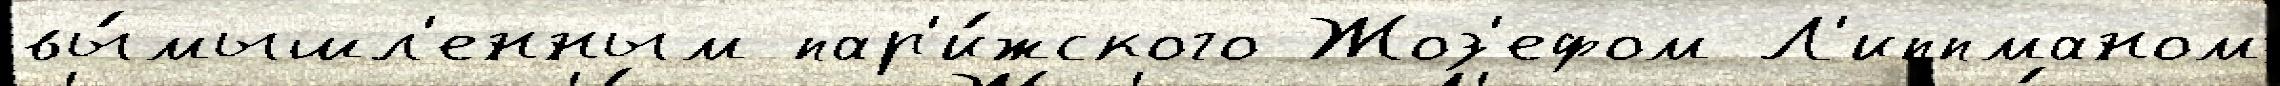
вы́мышл'енным пар'и́жского Жоз'ефом Л'иппманом